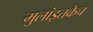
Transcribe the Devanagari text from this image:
मुलांइतकेच